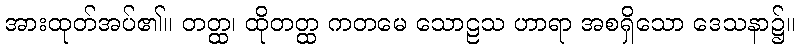
အားထုတ်အပ်၏။ တတ္ထ၊ ထိုတတ္ထ ကတမေ သောဠသ ဟာရာ အစရှိသော ဒေသနာ၌။